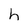
Character: h